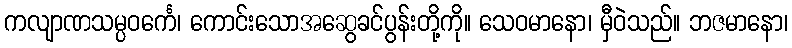
ကလျာဏသမ္ပဝင်္ကေ၊ ကောင်းသောအဆွေခင်ပွန်းတို့ကို။ သေဝမာနော၊ မှီဝဲသည်။ ဘဇမာနော၊